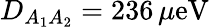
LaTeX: D_{A_{1}A_{2}}=236\, \mu\mathrm{eV}